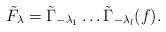
LaTeX: \begin{align*}\tilde F_{\lambda}= \tilde\Gamma_{-\lambda_1}\dots \tilde\Gamma_{-\lambda_l}(f). \end{align*}